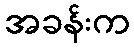
အခန်းက